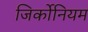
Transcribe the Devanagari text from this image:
जिर्कोनियम